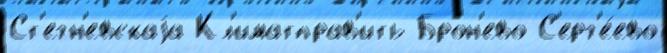
Ст'егн'евскаjа Кл'иматправ'ить Брон'ево С'ерг'е́ево